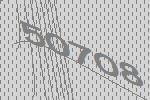
50708